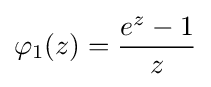
\varphi _{1}(z)={\frac {e^{z}-1}{z}}